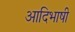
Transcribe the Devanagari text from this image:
आदिभाषी